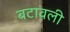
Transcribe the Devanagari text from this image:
बटावली